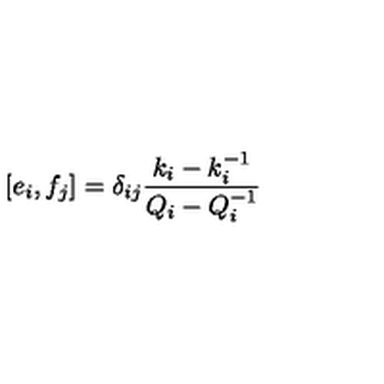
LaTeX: \lbrack e _ { i } , f _ { j } ] = \delta _ { i j } \frac { k _ { i } - k _ { i } ^ { - 1 } } { Q _ { i } - Q _ { i } ^ { - 1 } }